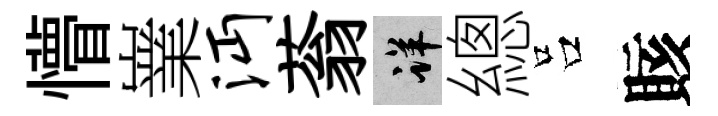
懵嶪沔蓊详總吕賅